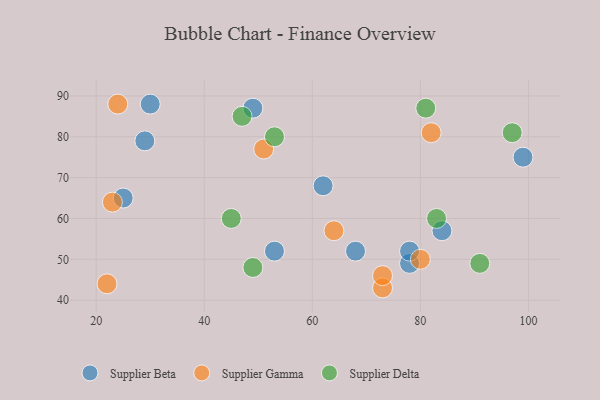
{"axis": {"x": "GDP", "y": "Life Expectancy"}, "legend": ["Supplier Beta", "Supplier Delta", "Supplier Gamma"], "data": [{"x": "84", "y": 57, "type": "Supplier Beta"}, {"x": "30", "y": 88, "type": "Supplier Beta"}, {"x": "29", "y": 79, "type": "Supplier Beta"}, {"x": "62", "y": 68, "type": "Supplier Beta"}, {"x": "49", "y": 87, "type": "Supplier Beta"}, {"x": "78", "y": 49, "type": "Supplier Beta"}, {"x": "68", "y": 52, "type": "Supplier Beta"}, {"x": "78", "y": 52, "type": "Supplier Beta"}, {"x": "25", "y": 65, "type": "Supplier Beta"}, {"x": "53", "y": 52, "type": "Supplier Beta"}, {"x": "99", "y": 75, "type": "Supplier Beta"}, {"x": "23", "y": 64, "type": "Supplier Gamma"}, {"x": "80", "y": 50, "type": "Supplier Gamma"}, {"x": "82", "y": 81, "type": "Supplier Gamma"}, {"x": "51", "y": 77, "type": "Supplier Gamma"}, {"x": "64", "y": 57, "type": "Supplier Gamma"}, {"x": "73", "y": 43, "type": "Supplier Gamma"}, {"x": "24", "y": 88, "type": "Supplier Gamma"}, {"x": "22", "y": 44, "type": "Supplier Gamma"}, {"x": "73", "y": 46, "type": "Supplier Gamma"}, {"x": "49", "y": 48, "type": "Supplier Delta"}, {"x": "91", "y": 49, "type": "Supplier Delta"}, {"x": "97", "y": 81, "type": "Supplier Delta"}, {"x": "81", "y": 87, "type": "Supplier Delta"}, {"x": "45", "y": 60, "type": "Supplier Delta"}, {"x": "83", "y": 60, "type": "Supplier Delta"}, {"x": "47", "y": 85, "type": "Supplier Delta"}, {"x": "53", "y": 80, "type": "Supplier Delta"}]}